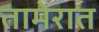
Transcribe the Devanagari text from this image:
तामेरात